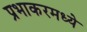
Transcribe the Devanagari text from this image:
प्रभाकरमध्ये